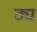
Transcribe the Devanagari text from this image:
ठ्य